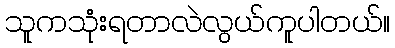
သူကသုံးရတာလဲလွယ်ကူပါတယ်။